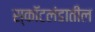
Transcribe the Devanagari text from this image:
स्कॉटलंडातील